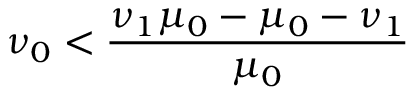
\nu _ { 0 } < \frac { \nu _ { 1 } \mu _ { 0 } - \mu _ { 0 } - \nu _ { 1 } } { \mu _ { 0 } }